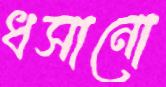
ধসানো